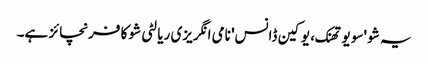
یہ شو 'سو یو تھنک، یو کین ڈانس' نامی انگریزی ریالٹی شو کا فرنچائز ہے۔